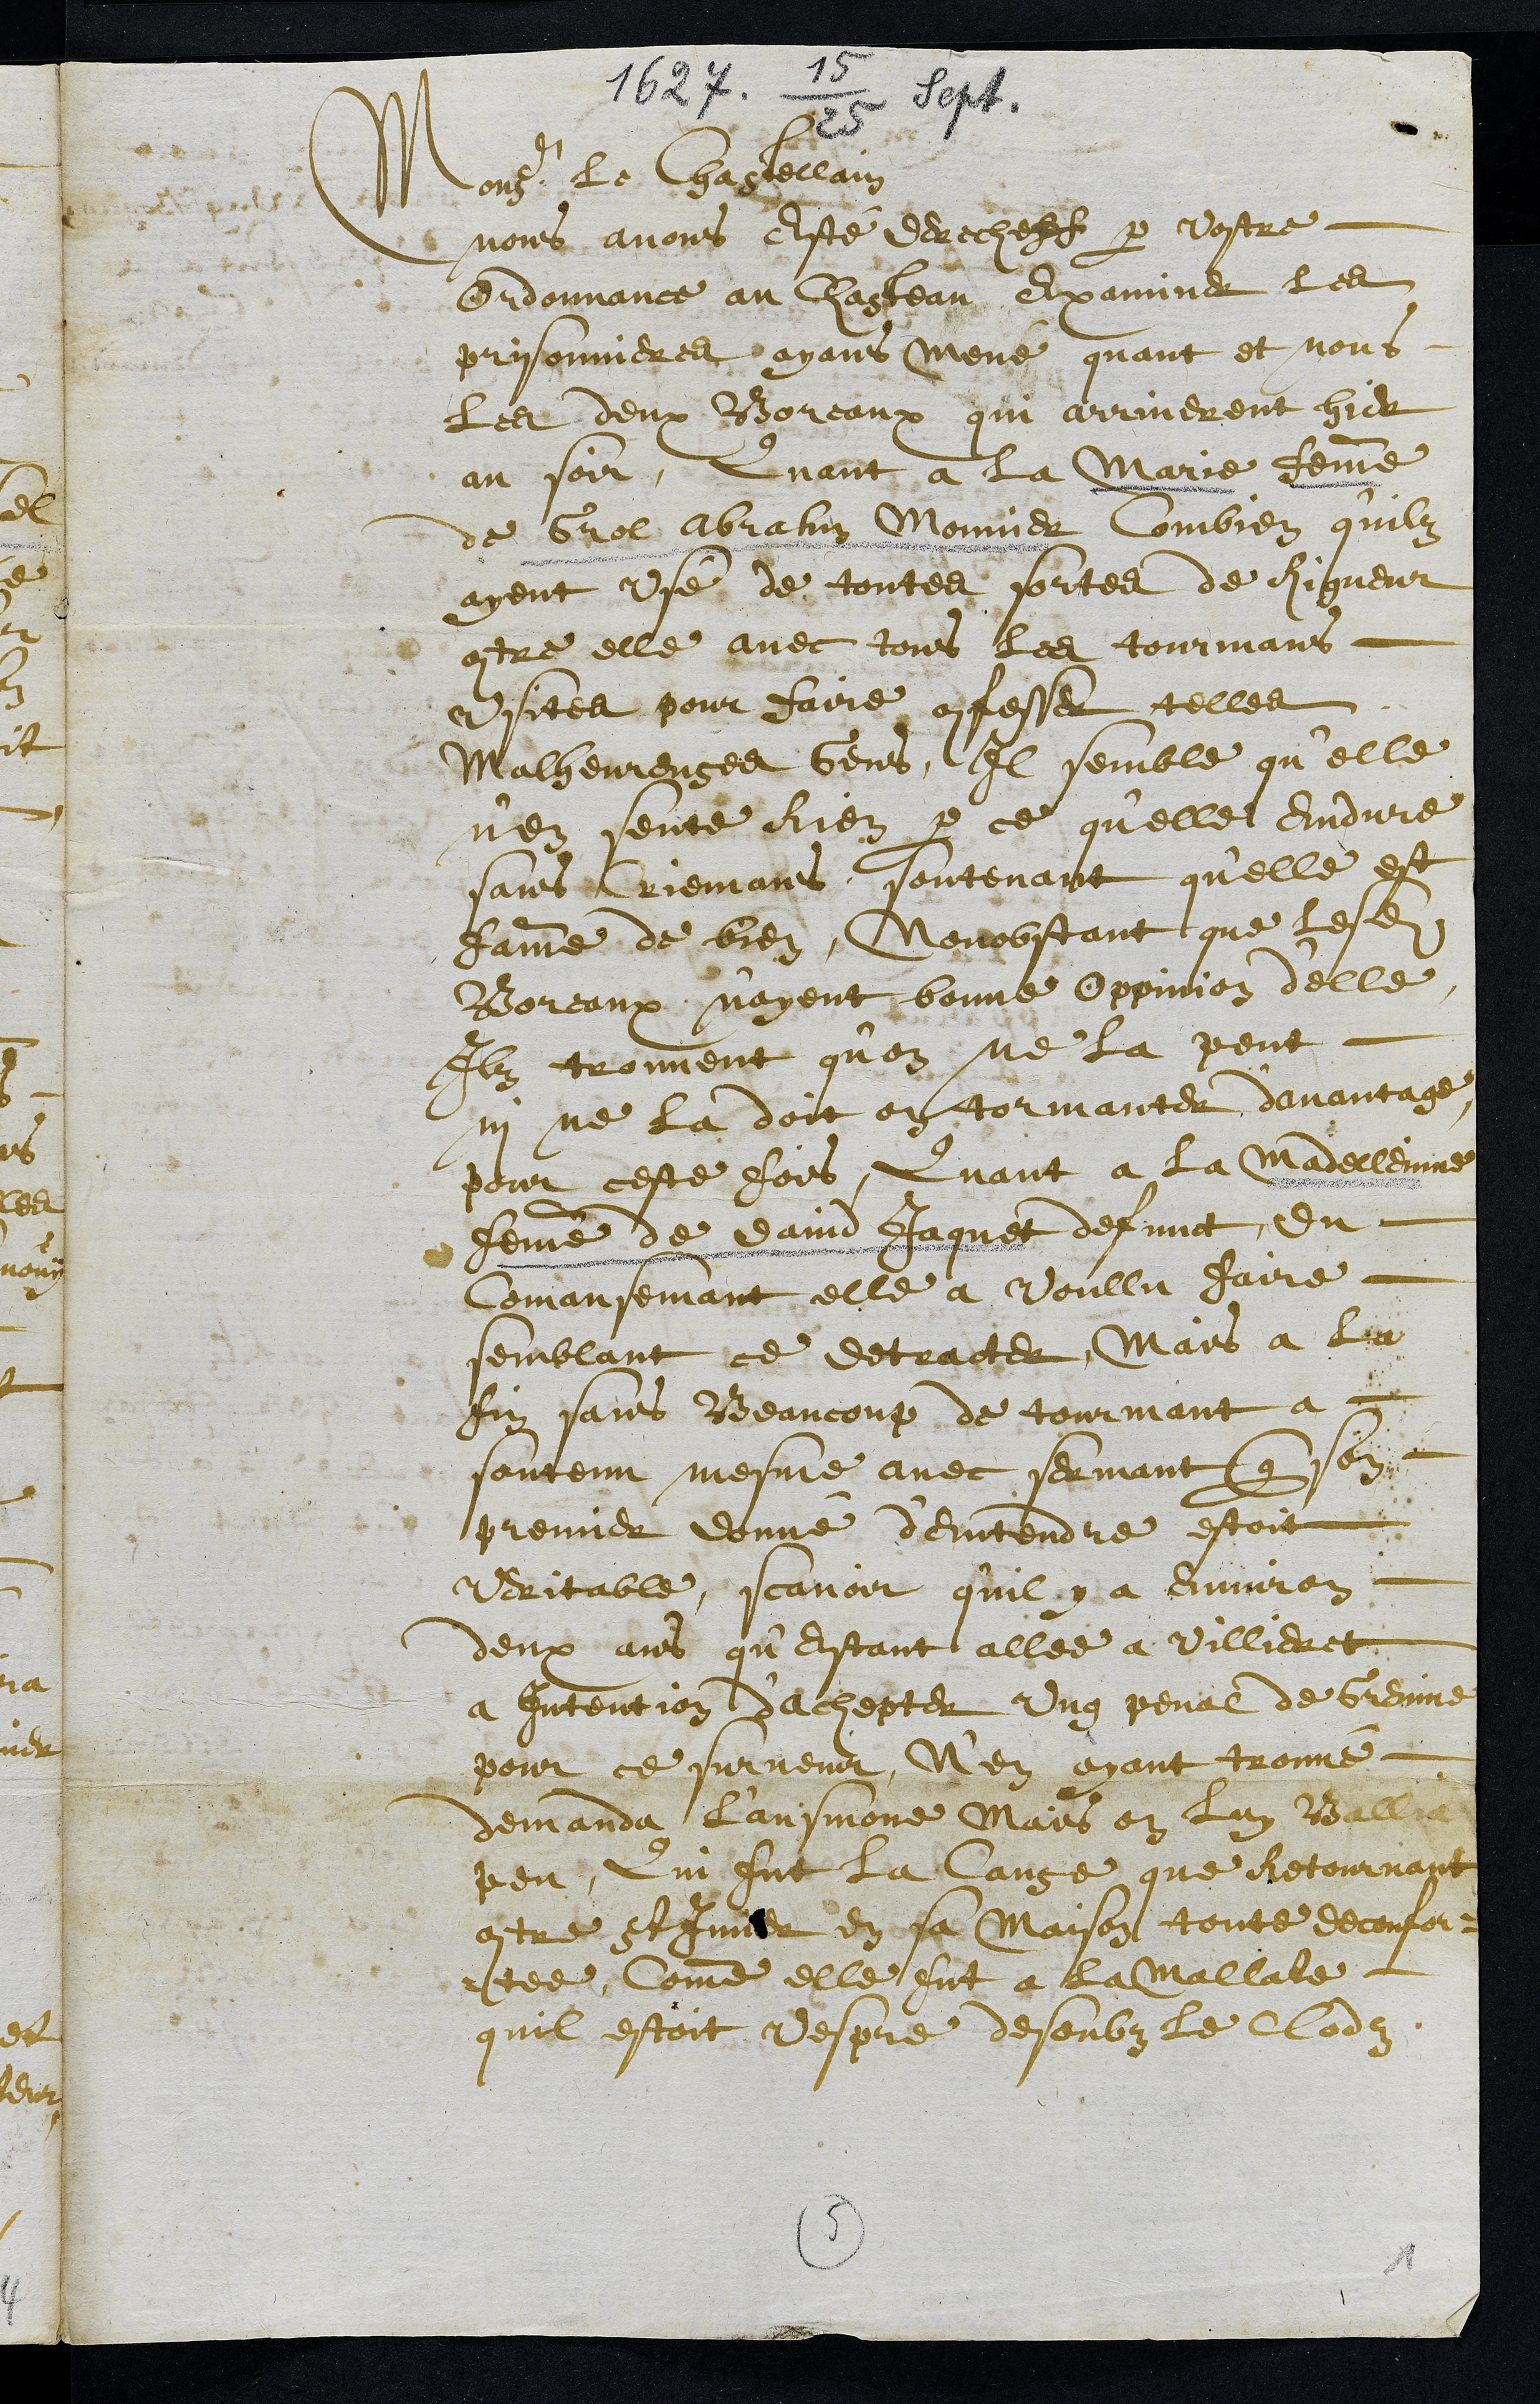
1627 15/25 Sept.
Monsr le Chastellain
nous avons esté derecheff par vostre
ordonnance au Chasteau examiner les
prisonnieres, ayant mené quant et nous
les deux Boreaux qui arriverent hier
au soir, Quant à la Marie femme
de Grol Abrahm Monnier Combien quilz
ayent usé de toutes sortes de Rigueur
contre elle avec tous les tourmans
usites pour faire confesser telles
Malheureuses gens, Il semble qu'elle
n'en sente Rien parce qu'elle endure
sans Criemans soutenant qu'elle est
famme de bien, Nonobstant que lesdits
Boreaux n'ayent bonne oppinion d'elle
Ilz trouvent qu'on ne la peut
ni ne la doit en tormanter d'avantage
pour ceste fois, Quant a la Madeleine
femme de David Jaquet defunct, du
Comansemant elle a voullu faire
semblant ce detracter, Mais a la
fin sans Beaucoup de tourmant a
soutenu mesme avec sermant que son
premier donné d'entendre estoit
veritable, scavoir qu'il y a environ
deux ans qu'estant allee a Villieret
a intention d'achepter ung penal de Greinne
pour ce survenir, N'en ayant trouvé
demanda l'ausmone Mais on luy Ballia
peu, Qui fut la Cause que Retournant
contre St Imier en sa maison toute deconfor¬
tee Comme elle fut a la Mallate
quil estoit vespre desoubs le clodz
5
1